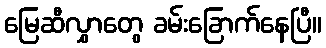
မြေဆီလွှာတွေ ခမ်းခြောက်နေပြီ။